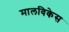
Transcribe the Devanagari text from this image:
मालविकेस